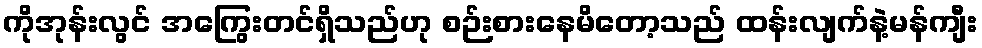
ကိုအုန်းလွင် အကြွေးတင်ရှိသည်ဟု စဉ်းစားနေမိတော့သည် ထန်းလျက်နဲ့မန်ကျီး